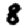
Digit: 8